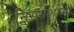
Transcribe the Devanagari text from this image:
निसर्गशोभा